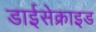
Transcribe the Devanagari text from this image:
डाईसेक्राइड